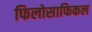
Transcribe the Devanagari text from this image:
फिलोसाफिकल